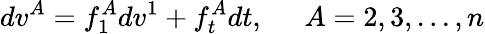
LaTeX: dv^{A}=f_{1}^{A}dv^{1}+f_{t}^{A}dt,\; \; \; \; \; A=2,3,...,n